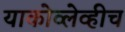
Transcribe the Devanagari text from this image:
याकोव्लेव्हीच